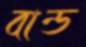
বান্ড